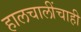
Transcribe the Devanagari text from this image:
हालचालींचाही